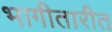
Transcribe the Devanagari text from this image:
भागीतारीत